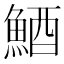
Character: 鯂